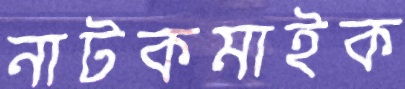
নাটকমাইক